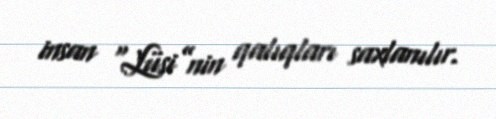
insan “Lüsi”nin qalıqları saxlanılır.